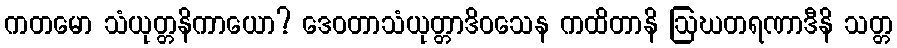
ကတမော သံယုတ္တနိကာယော? ဒေဝတာသံယုတ္တာဒိဝသေန ကထိတာနိ ဩဃတရဏာဒီနိ သတ္တ